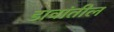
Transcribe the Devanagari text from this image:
डावांतील